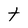
Character: t